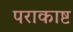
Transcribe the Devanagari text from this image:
पराकाष्ट